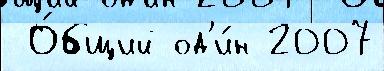
 О́бщий од'и́н 2007